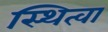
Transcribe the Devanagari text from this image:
स्थित्वा